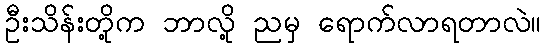
ဦးသိန်းတို့က ဘာလို့ ညမှ ရောက်လာရတာလဲ။